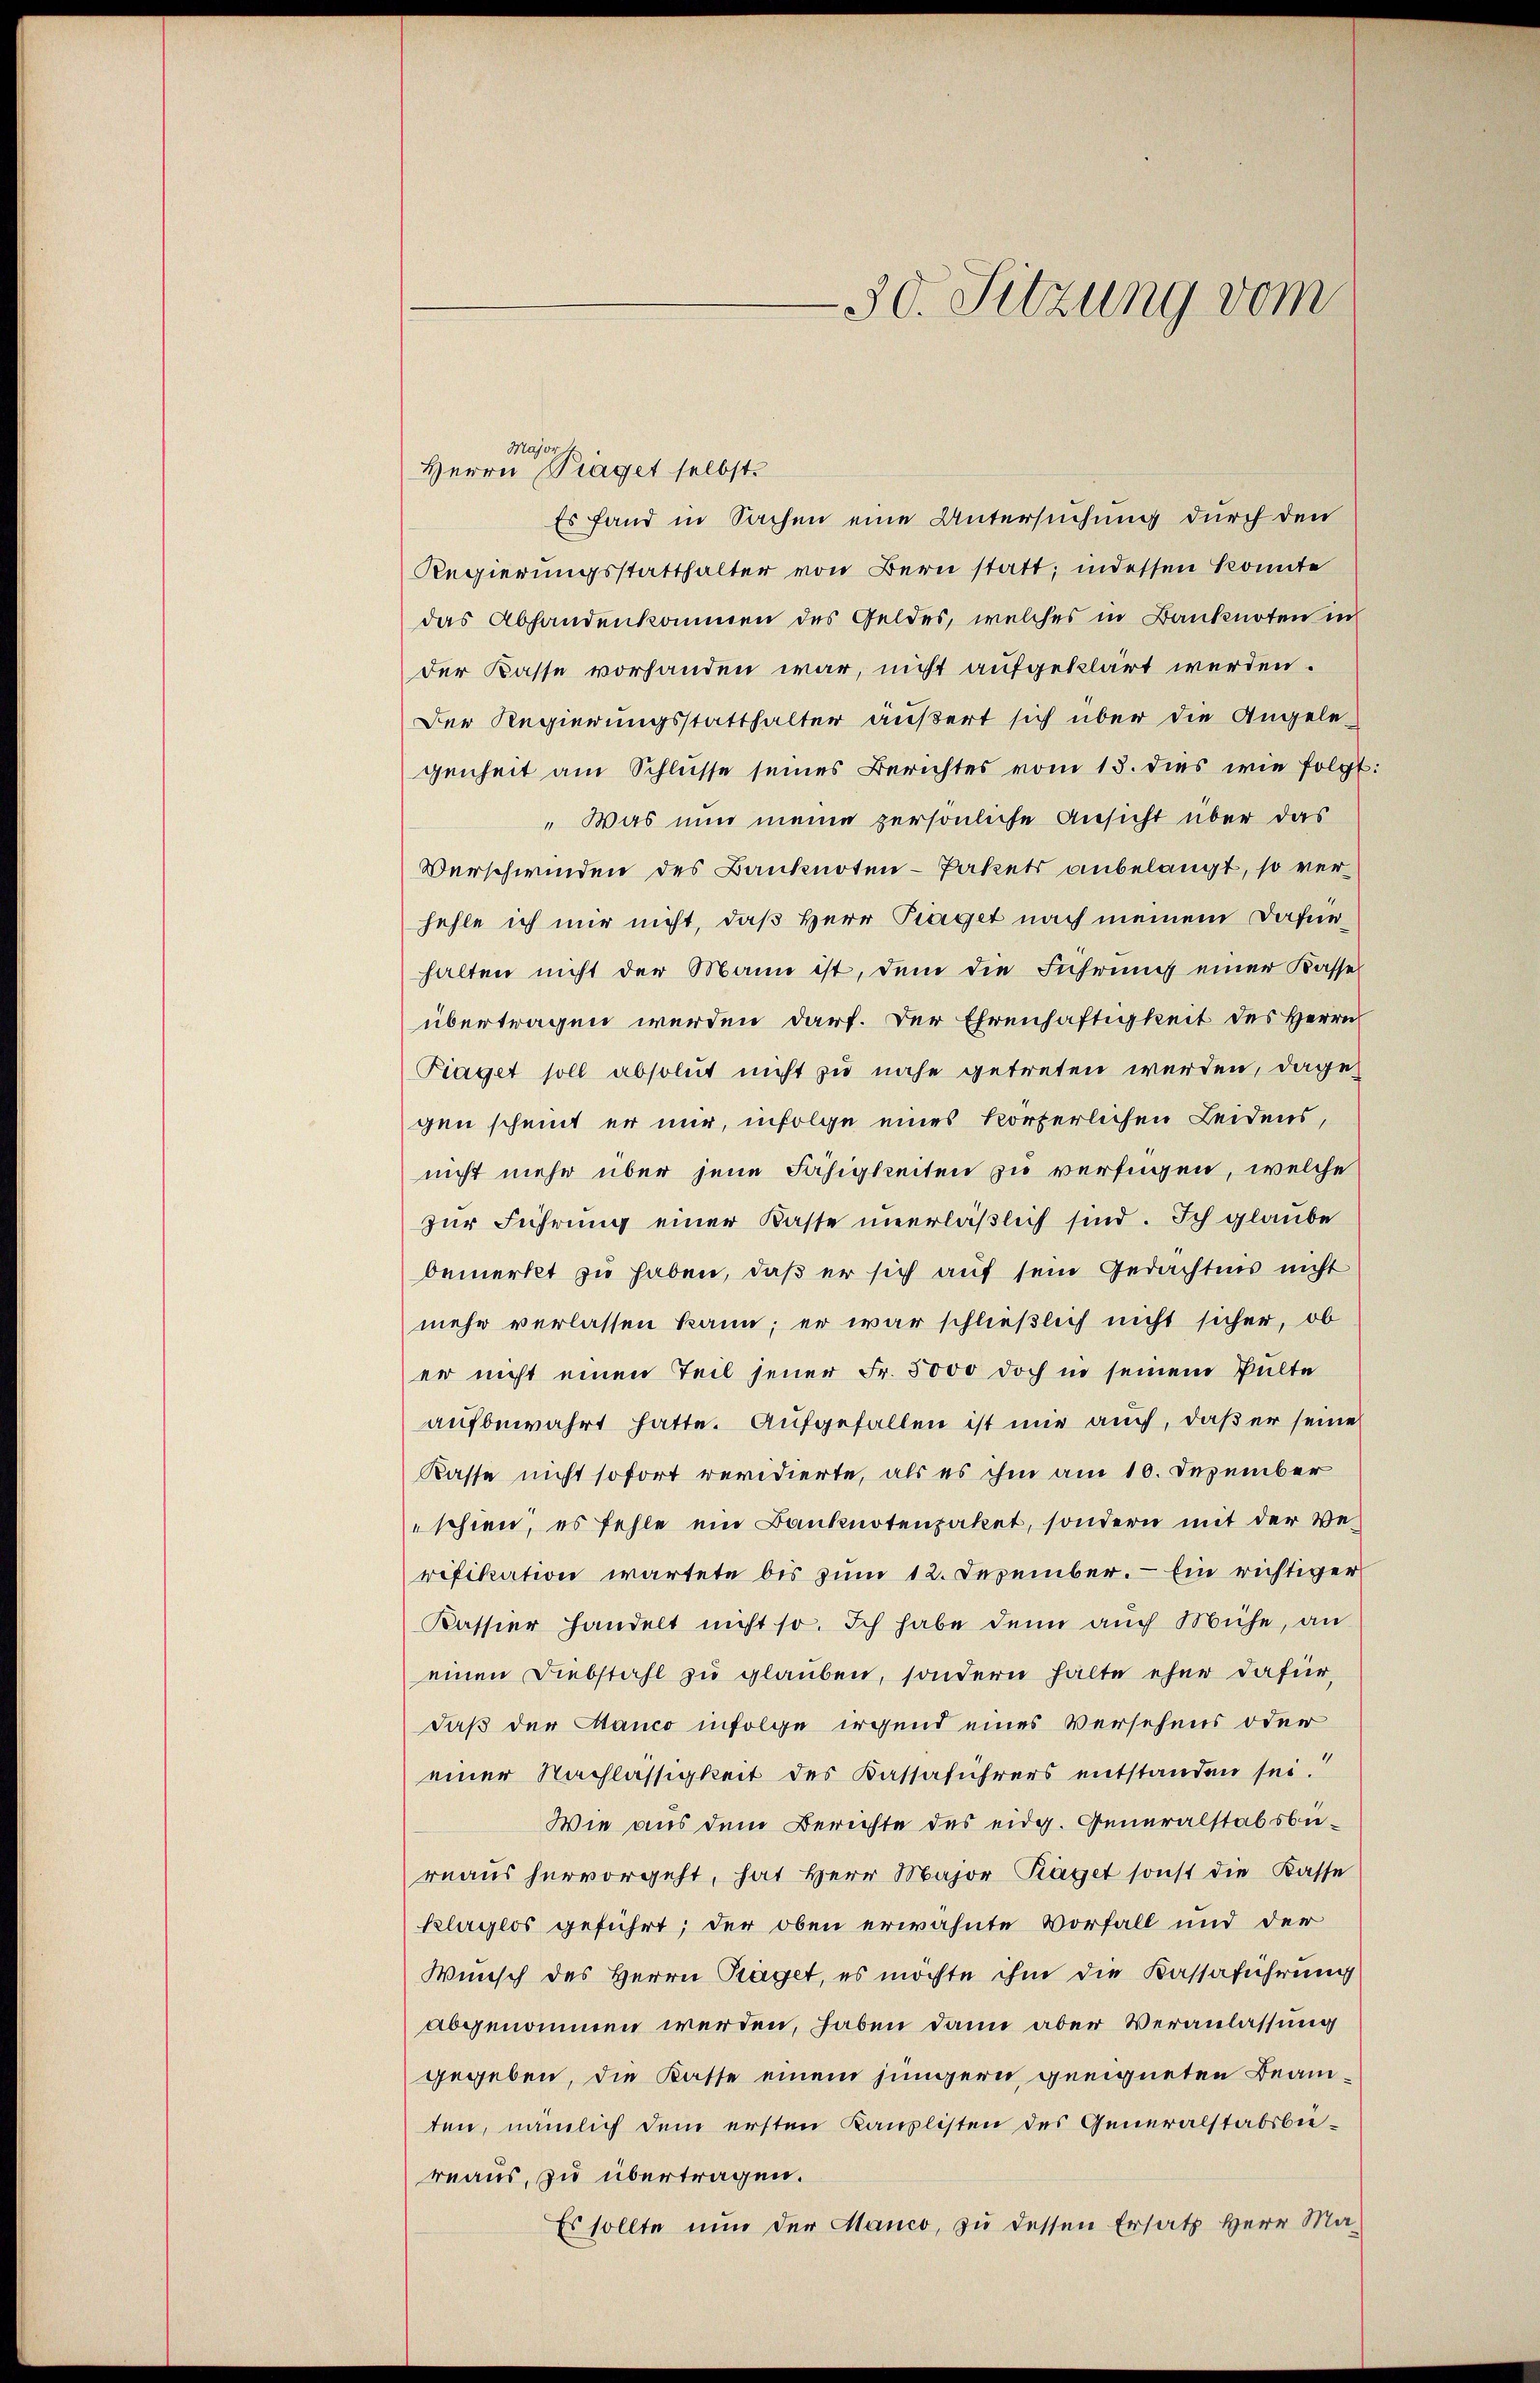
Es fand in Sachen eine Untersuchung durch den
Regierungsstatthalter von Bern statt; indessen konnte
das Abhandenkommen des Geldes, welches in Banknoten in
der Kasse vorhanden war, nicht aufgeklärt werden.
Der Regierungsstatthalter äußert sich über die Angele-
genheit am Schlüsse seines Berichtes vom 13. dies wie folgt:
„Was nun meine persönliche Ansicht über das
Verschwinden des Banknoten- Pakets anbelangt, so verfehle ich mir nicht, daß Herr Traget nach meinem Dafürhalten nicht der Mann ist, dem die Führung einer Kasse
übertragen werden darf. Der Ehrenhaftigkeit des Herrn
Piaget soll absolut nicht zu nahe getreten werden, dagegen scheint er mir, infolge eines körperlichen Leidens,
nicht mehr über jene Fähigkeiten zu verfügen, welche
zur Führung einer Kasse unerläßlich sind. Ich glaube
bemerkt zu haben, daß er sich auf sein Gedächtnis nicht
mehr verlassen kann; er war schließlich nicht sicher, ob
er nicht einen Teil jener Fr. 5000 doch in seinem Pulte
aufbewahrt hatte. Aufgefallen ist mir auch, daß er seine
Kasse nicht sofort revidierte, als es ihm am 10. Dezember
schien, es fehle ein Banknotenpaket, sondern mit der Ver
rifikation wartete bis zum 12. Dezember. — Ein richtiger
Kassier handelt nicht so. Ich habe denn auch Mühe, an
einen Diebstahl zu glauben, sondern halte eher dafür,
daß der Hanco infolge irgend eines Versehens oder
einer Nachlässigkeit des Kassaführers entstanden sei.
Wie aus dem Berichte des eidg. Generalstabsbureaus hervorgeht, hat Herr Major Kläget sonst die Kasse
klaglos geführt; der oben erwähnte Vorfall und der
Wunsch des Herrn Stäget, es möchte ihm die Kassaführung
abgenommen werden, haben dann aber Veranlassung
gegeben, die Kasse einem jüngern geeigneten Beamten, nämlich dem ersten Kauflisten des Generalstabsbureaus, zu übertragen.
Es sollte nun der Manco, zu dessen Ersatz Herr Ma¬

Major
Herrn Praget selbst

30. Sitzung vom